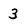
Character: 3